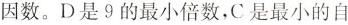
因数。D是9的最小倍数，C是最小的自